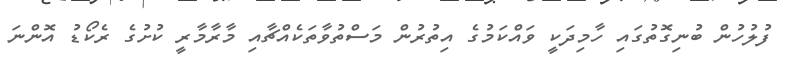
ފުލުހުން ބުނިގޮތުގައި ހާމިދަކީ ވައްކަމުގެ އިތުރުން މަސްތުވާތަކެއްޗާއި މާރާމާރީ ކުށުގެ ރެކޯޑު އޮންނަ